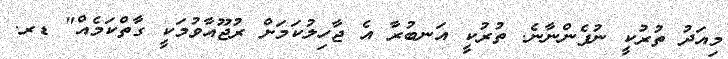
މިއަދު ތުުރުކީ ނުފެންނާނެ. ތުރުކީ އަަނބުރާ އެ ޖާހިލުކަމަށް ރުޖޫއާވުމަކީ ގާތްކަމެއް" ޑރ.